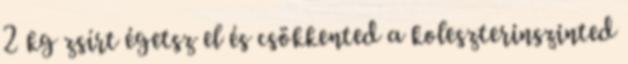
2 kg zsírt égetsz el és csökkented a koleszterinszinted